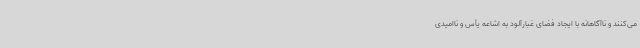
می‌کنند و ناآگاهانه با ایجاد فضای غبارآلود به اشاعه یأس و ناامیدی